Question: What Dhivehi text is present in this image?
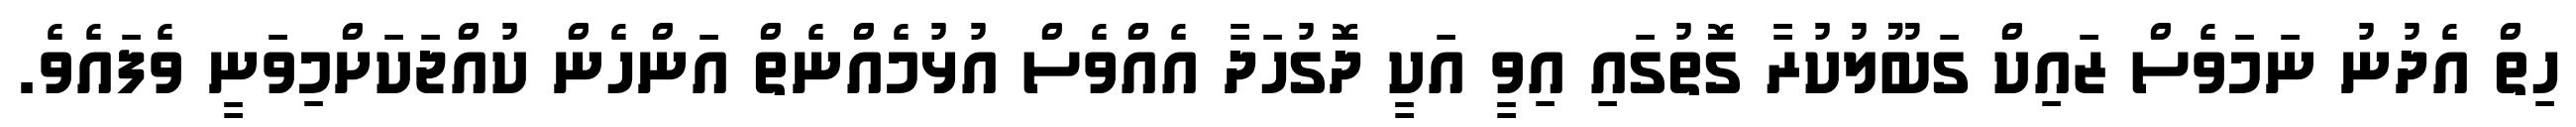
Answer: ހިތް އެދުނު ނަމަވެސް ޒައިކް ގަބޫލުކުރާ ގޮތުގައި އިވީ އަކީ ދޮގުހަދާ އެއްވެސް އުޅުމެއްނެތް އަންހެން ކުއްޖަކަށްމިވަނީ ވެފައެވެ.